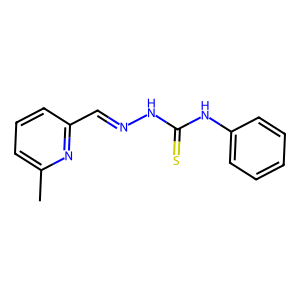
SMILES: Cc1cccc(C=NNC(=S)Nc2ccccc2)n1
Inhibits HIV replication: No